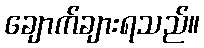
ချောက်ချားရသည်။